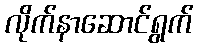
လိုက်နာဆောင်ရွက်